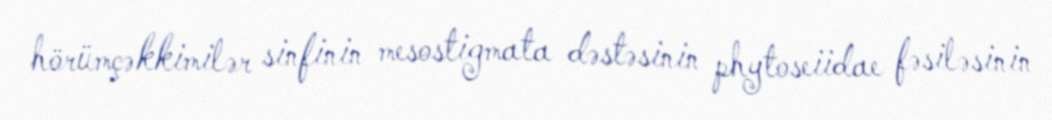
hörümçəkkimilər sinfinin mesostigmata dəstəsinin phytoseiidae fəsiləsinin